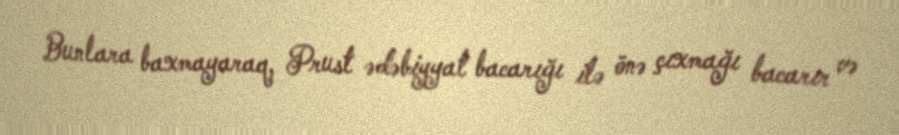
Bunlara baxmayaraq, Prust ədəbiyyat bacarığı ilə önə çıxmağı bacarır və